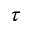
\tau